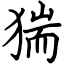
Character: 猯